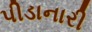
પીડાનારી